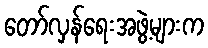
တော်လှန်ရေးအဖွဲ့များက